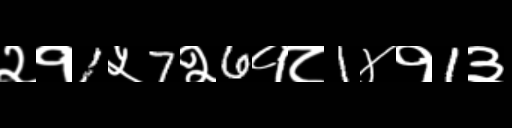
Text: २१1५7२6१८1४१1३